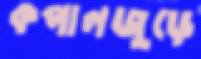
কপালজুড়ে